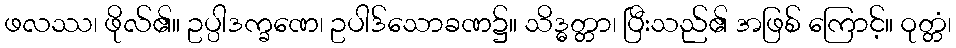
ဖလဿ၊ ဖိုလ်၏။ ဥပ္ပါဒက္ခဏေ၊ ဥပါဒ်သောခဏ၌။ သိဒ္ဓတ္တာ၊ ပြီးသည်၏ အဖြစ် ကြောင့်။ ဝုတ္တံ၊